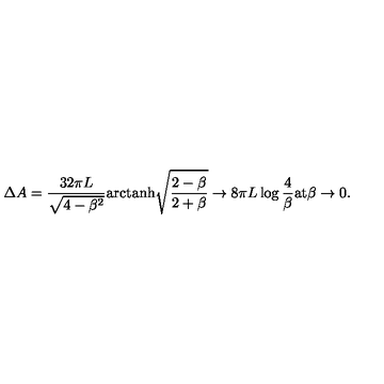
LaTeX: \Delta A = \frac { 3 2 \pi L } { \sqrt { 4 - \beta ^ { 2 } } } \mathrm { a r c t a n h } \sqrt { \frac { 2 - \beta } { 2 + \beta } } \to 8 \pi L \log \frac { 4 } { \beta } \mathrm { a t } \beta \to 0 .